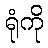
ရုံကို